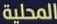
المحلية